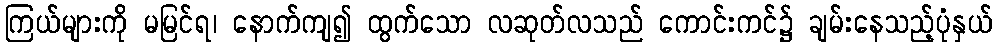
ကြယ်များကို မမြင်ရ၊ နောက်ကျ၍ ထွက်သော လဆုတ်လသည် ကောင်းကင်၌ ချမ်းနေသည့်ပုံနှယ်